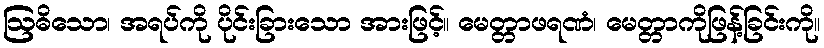
ဩဓိသော၊ အရပ်ကို ပိုင်းခြားသော အားဖြင့်။ မေတ္တာဖရဏံ၊ မေတ္တာကိုဖြန့်ခြင်းကို။